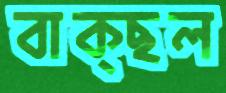
বাক্‌ছল